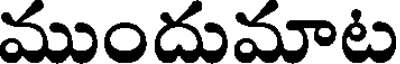
ముందుమాట